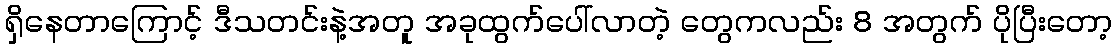
ရှိနေတာကြောင့် ဒီသတင်းနဲ့အတူ အခုထွက်ပေါ်လာတဲ့ တွေကလည်း 8 အတွက် ပိုပြီးတော့